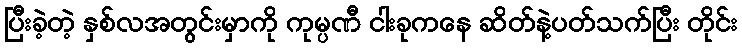
ပြီးခဲ့တဲ့ နှစ်လအတွင်းမှာကို ကုမ္ပဏီ ငါးခုကနေ ဆိတ်နဲ့ပတ်သက်ပြီး တိုင်း